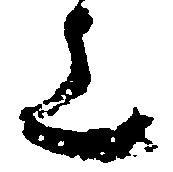
上